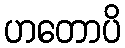
ဟတောပိ